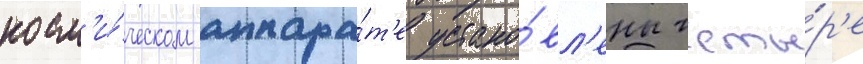
косм'и́ческом аппара́т'е устано́вл'ены четы́р'е